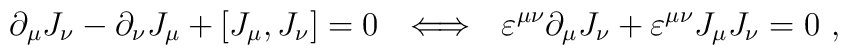
{\partial }_\mu J_\nu -{\partial }_\nu J_\mu +[J_\mu ,J_\nu]=0~~\Longleftrightarrow ~~\varepsilon ^{\mu \nu }{\partial }_\mu J_\nu+\varepsilon ^{\mu \nu }J_\mu J_\nu =0~,